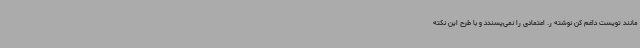
مانند تویست داغم کن نوشته ر. اعتمادی را نمی‌پسندد و با طرح این نکته